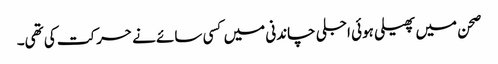
صحن میں پھیلی ہوئی اجلی چاندنی میں کسی سائے نے حرکت کی تھی۔